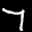
Label: 7